DOW-UAP-D60, Mission Report, Persian Gulf, August 2020
Agency: Department of War
Incident date: 8/8/20
Incident location: Persian Gulf
Page 2
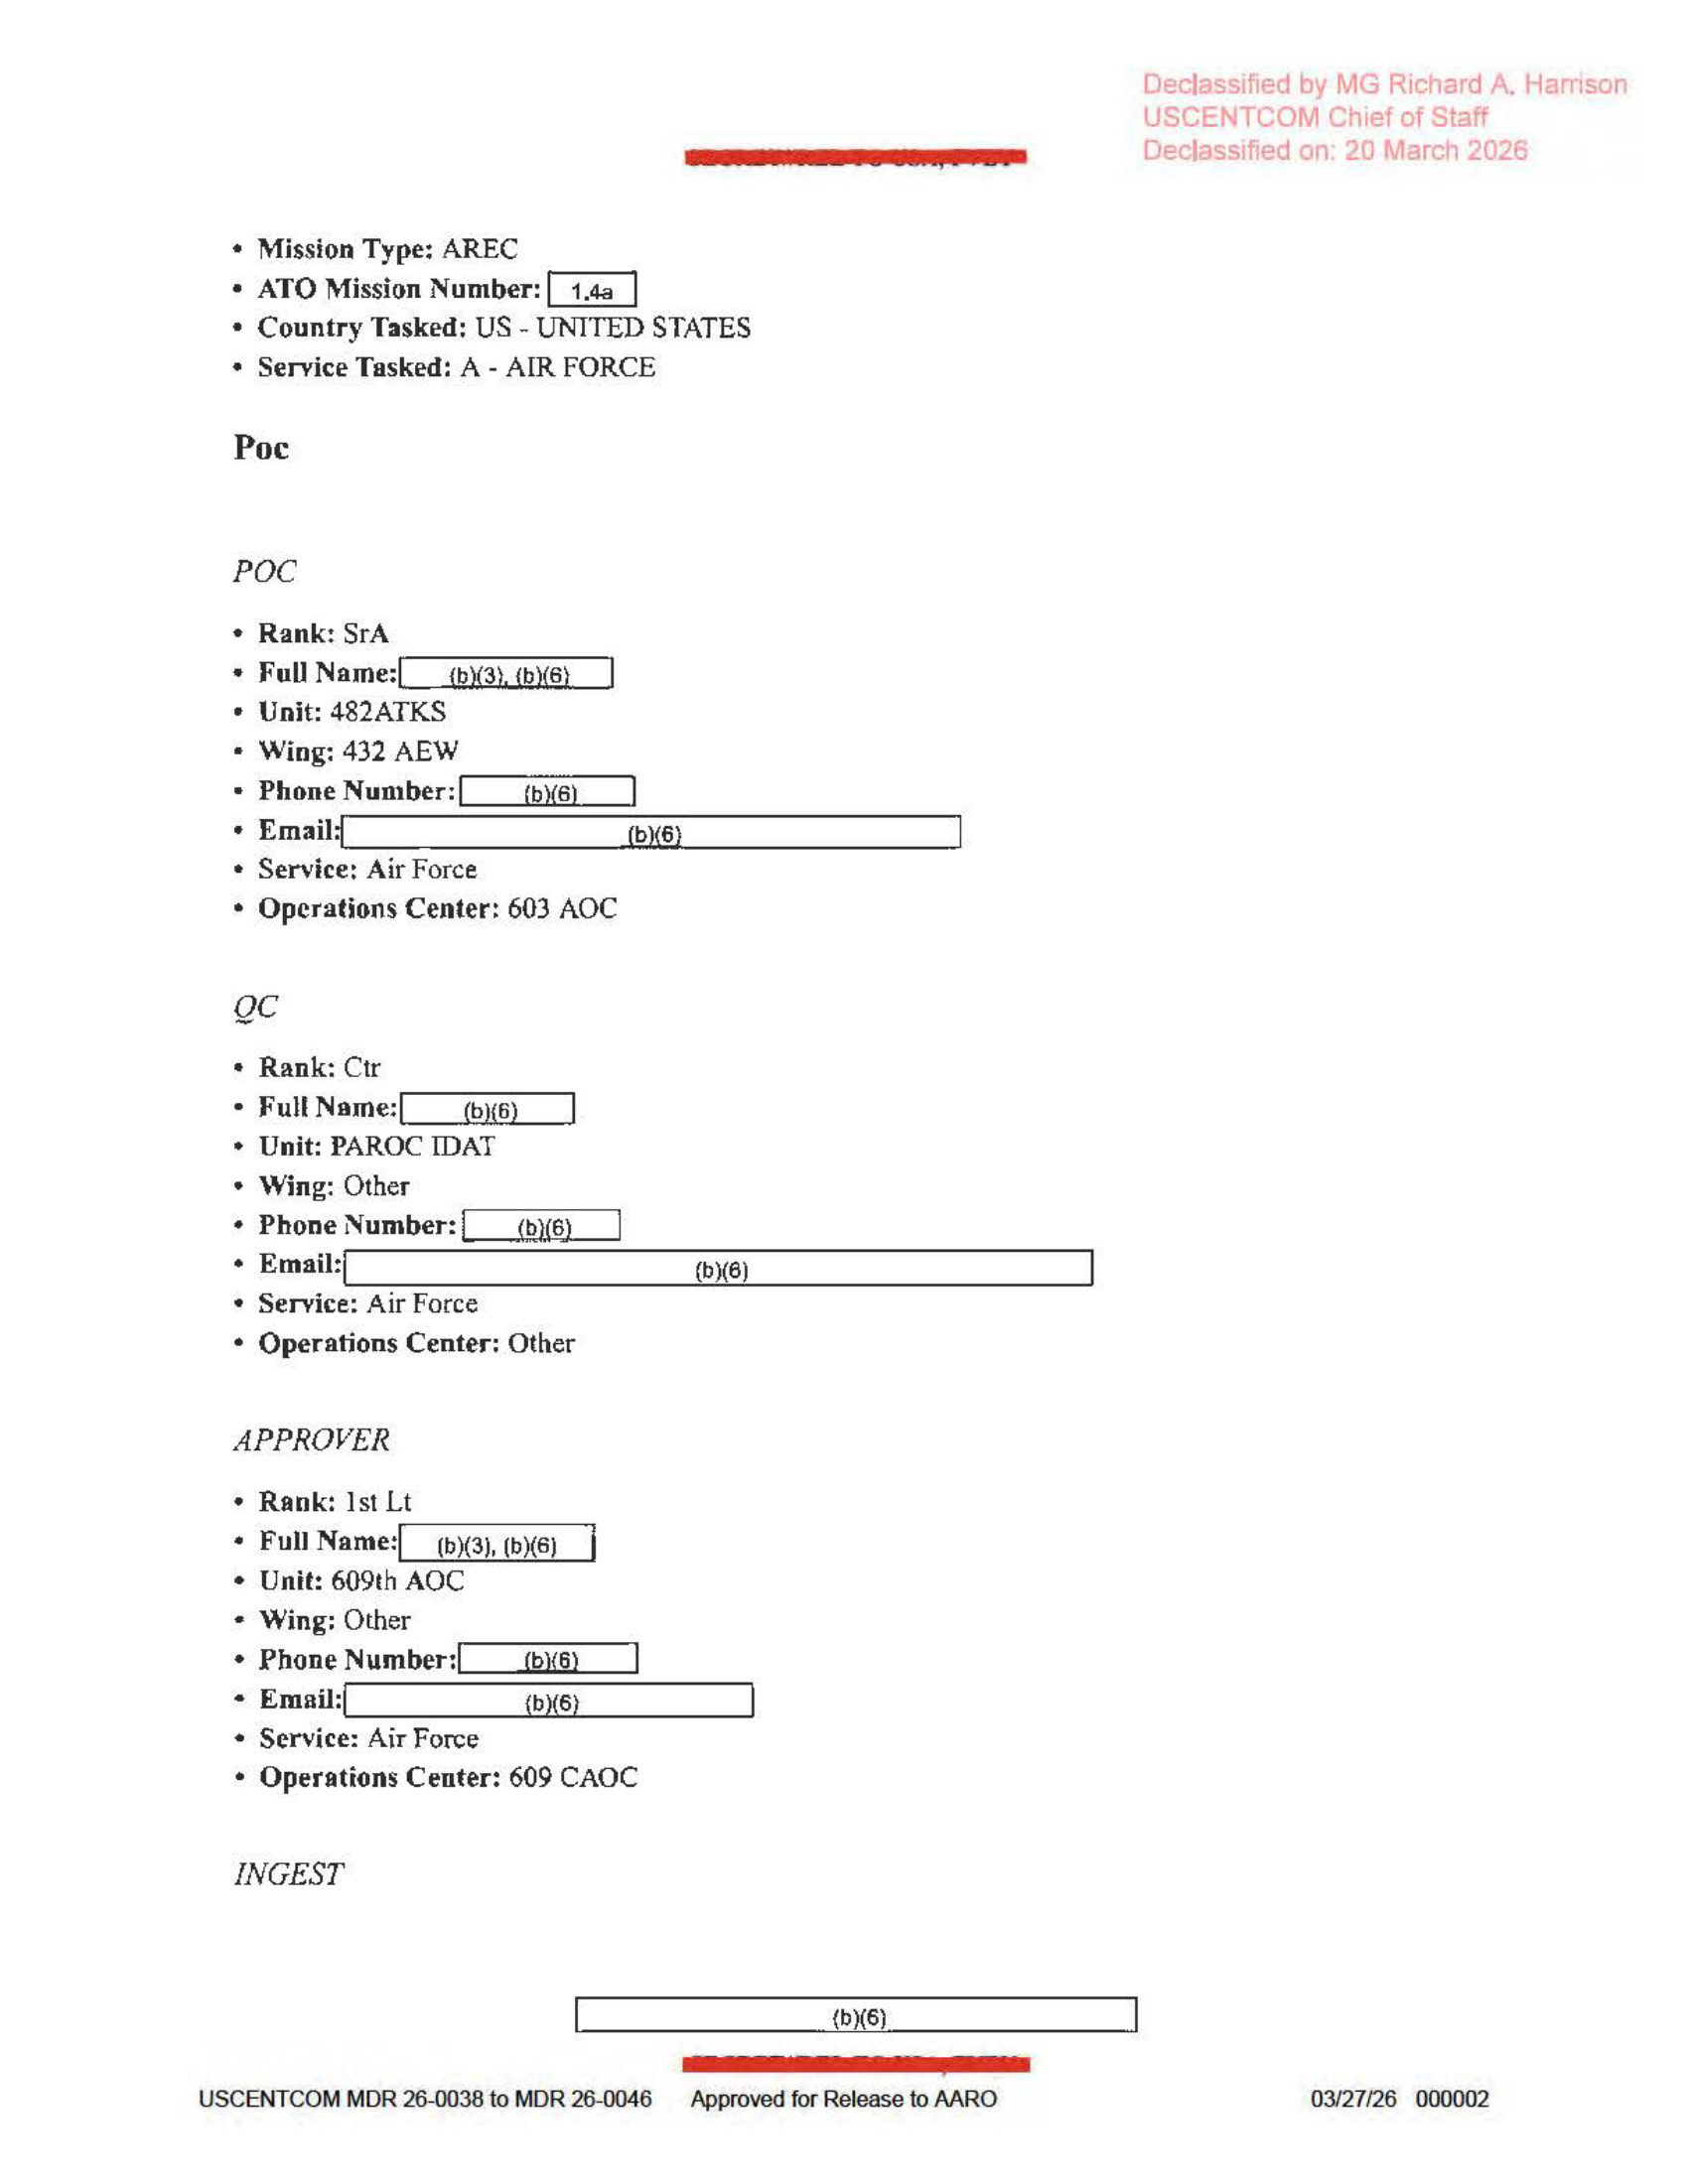